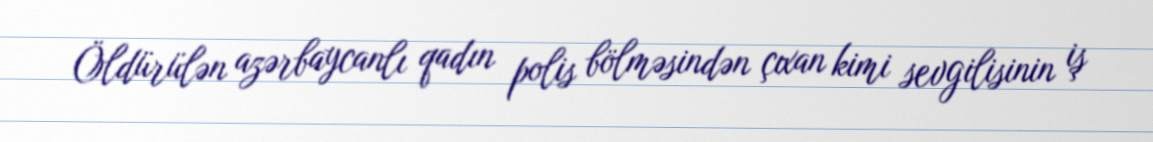
Öldürülən azərbaycanlı qadın polis bölməsindən çıxan kimi sevgilisinin iş